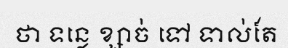
ថា ទន្លេ ខ្សាច់ ទៅ ទាល់តែ